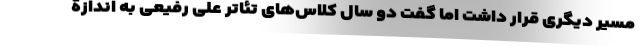
مسیر دیگری قرار داشت اما گفت دو سال کلاس‌های تئاتر علی رفیعی به اندازۀ